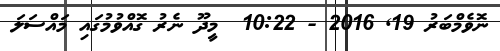
ނޮވެމްބަރު 19